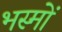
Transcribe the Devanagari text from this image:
भस्मों